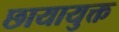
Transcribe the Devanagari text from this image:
छायायुक्त